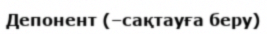
Депонент (–сақтауға беру)